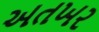
અતખર